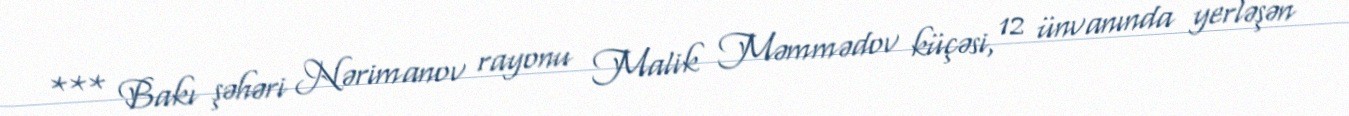
*** Bakı şəhəri Nərimanov rayonu Malik Məmmədov küçəsi, 12 ünvanında yerləşən